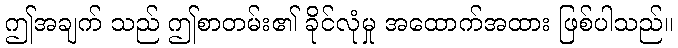
ဤအချက် သည် ဤစာတမ်း၏ ခိုင်လုံမှု အထောက်အထား ဖြစ်ပါသည်။